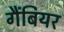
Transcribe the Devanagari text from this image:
गैंबियर